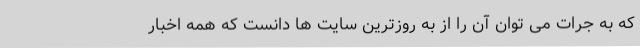
که به جرات می توان آن را از به روزترین سایت ها دانست که همه اخبار